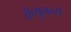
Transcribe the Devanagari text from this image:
अँब्युलन्स